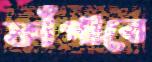
ফাঁপাবে